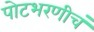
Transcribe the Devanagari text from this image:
पोटभरणीचं